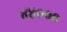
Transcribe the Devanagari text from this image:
४४०००